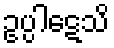
ဥပ္ပါဋေသိ